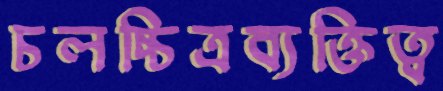
চলচ্চিত্রব্যক্তিত্ব